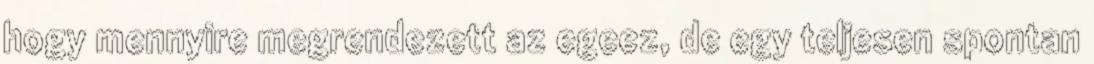
hogy mennyire megrendezett az egeez, de egy teljesen spontan